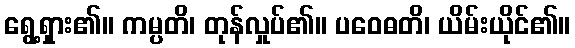
ရွေ့ရှား၏။ ကမ္ပတိ၊ တုန်လှုပ်၏။ ပဝေဓတိ၊ ယိမ်းယိုင်၏။